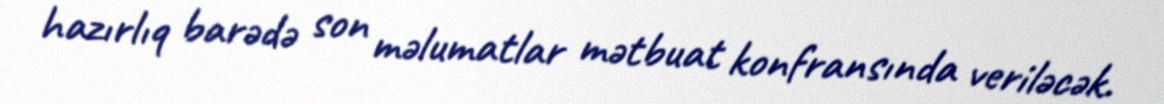
hazırlıq barədə son məlumatlar mətbuat konfransında veriləcək.